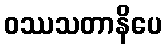
ဝဿသတာနိပေ